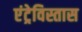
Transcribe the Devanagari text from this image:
एंट्रेविस्तास